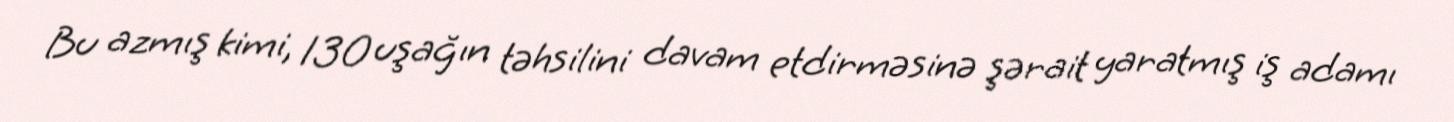
Bu azmış kimi, 130 uşağın təhsilini davam etdirməsinə şərait yaratmış iş adamı